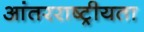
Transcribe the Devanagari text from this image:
आंतरराष्ट्रीयता